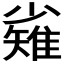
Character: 𱚫